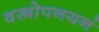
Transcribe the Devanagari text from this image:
वस्त्रोपनयनं